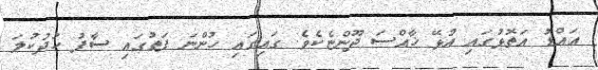
އައްޑު އަތޮޅުގައި އުޅޭ ޚާއްސަ ދޫންޏެކެވެ. ގައިގައި ހުންނަ ފަތުގައި ސާފު ހުދުކުލަ